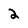
Character: 2